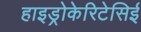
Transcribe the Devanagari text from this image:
हाइड्रोकेरिटेसिई